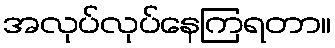
အလုပ်လုပ်နေကြရတာ။